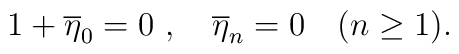
1+\overline{\eta}_0=0 \ , \quad \overline{\eta}_n=0 \quad (n\ge 1).